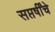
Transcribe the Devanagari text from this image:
सप्तर्षींचे